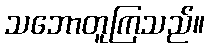
သဘောတူကြသည်။